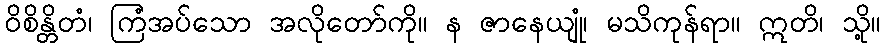
ဝိစိန္တိတံ၊ ကြံအပ်သော အလိုတော်ကို။ န ဇာနေယျုံ၊ မသိကုန်ရာ။ ဣတိ၊ သို့။